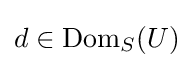
d\in \mathrm {Dom} _{S}(U)